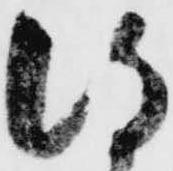
得